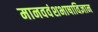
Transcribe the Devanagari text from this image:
मानववंशभाषाविज्ञान